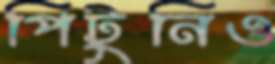
পিটুনিও